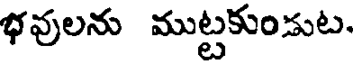
భవులను ముట్టకుండుట.